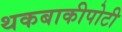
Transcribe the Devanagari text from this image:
थकबाकीपोटी